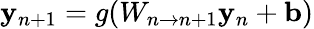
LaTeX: \mathbf{y}_{n+1}=g(W_{n\rightarrow n+1}\mathbf{y}_{n}+\mathbf{b})